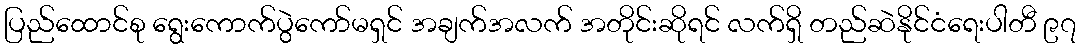
ပြည်ထောင်စု ရွေးကောက်ပွဲကော်မရှင် အချက်အလက် အတိုင်းဆိုရင် လက်ရှိ တည်ဆဲနိုင်ငံရေးပါတီ ၉၇